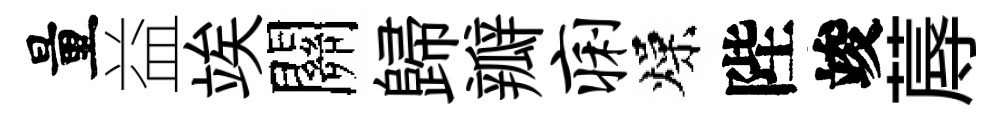
量益竢關歸瓣痢燥陛竣蓐